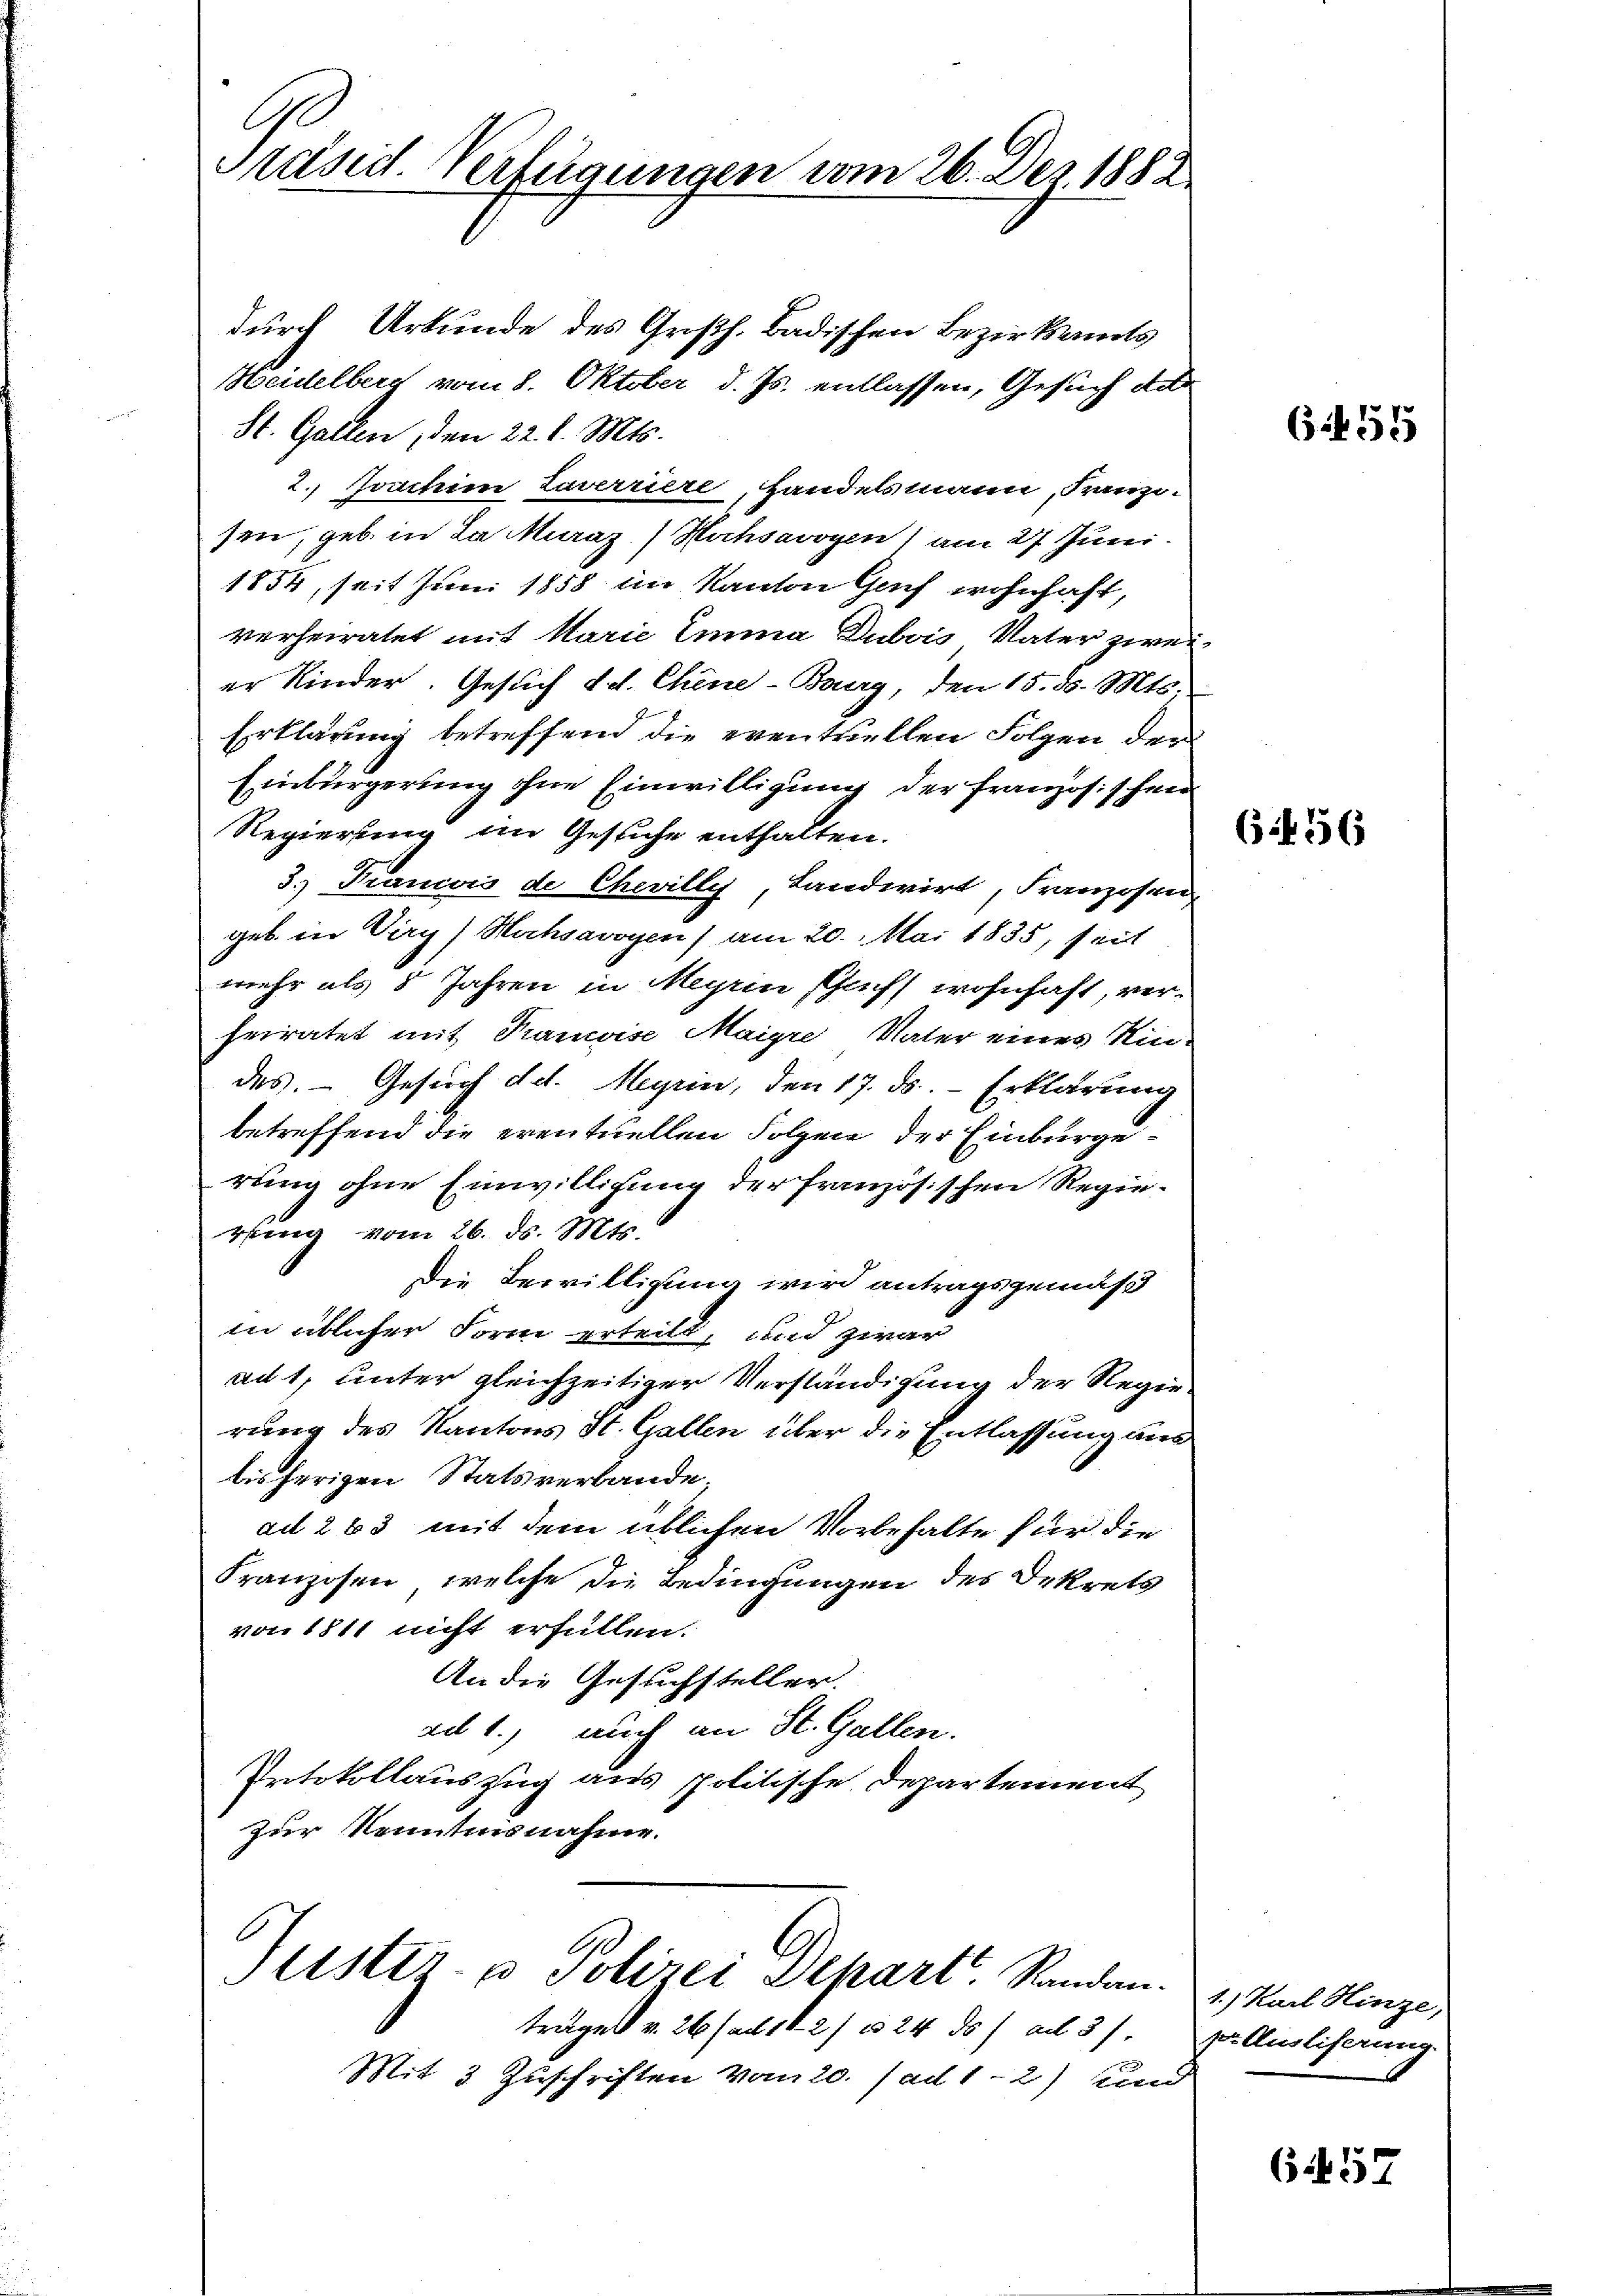
Prasid. Verfügungen vom 26. Dez. 1882

durch Urkunde des Großh. Badischen Bezirkents
Heidelberg vom 8. Oktober d. Js. entlassen, Gesuch de
St. Gallen, den 22. l. Mts.
2., Joachim Zuverrier, Handelsmann, Franzo
sen, geb. in da Mara Hochsarogen am 27 Juni.
1854, seit Juni 1858 im Kanton Genf wohnhaft,
verheiratet mit Marie Emma Dubois Vater zwei
er Kinder. Gesuch d. d. Chine-Berg, den 15. d. Mts.
Erklärung betreffend die eventriellen Folgen der
Einbürgerung ohne Einwilligung der französischen
Regierung im Gesuche enthalten.
3.) Pranvis de Chevilly, Landwirt, Franzosen
geb. in Virg, Hochsavoyen) am 20. Mai 1835, seit
mehr als 5 Jahren in Meyrin schrift wohnhaft, verheiratet mit Francise Maigr Vater eines Rin
des. - Gesuch d. Meyrin, den 17. ds. - Erklärung
betreffend die eventuellen Folgen der Einbürge
rung ohne Einwilligung der französischen Regiegung vom 26. ds. Mts.
Die Bewilligung wird antragsgemäß
in üblicher Form erteilt, und zwar
aut, unter gleichzeitiger Verständigung der Regie
rung des Kantons St. Gallen über die Entlassung aus
bisherigen Statsverbande,
ad 263 mit dem üblichen Vorbehalte für die
Franzosen, welche die Bedingungen des Dekrets
von 1811 nicht erfüllen.
An die Gesuchsteller.
ad 1., auch an St. Gallen.
Trtokollauszug aus politische Departement
zur Kenntnisnahme.

Justiz- & Polizei Depart. Sanden.

träge v. 26. ad 1121 u 24 des ad 3.
Mit 3 Zuschriften vom 20. ad 1 - 2) und

6 f 16

6 f 15

1.) Karl Hinze,
zur Ausliferung.

657